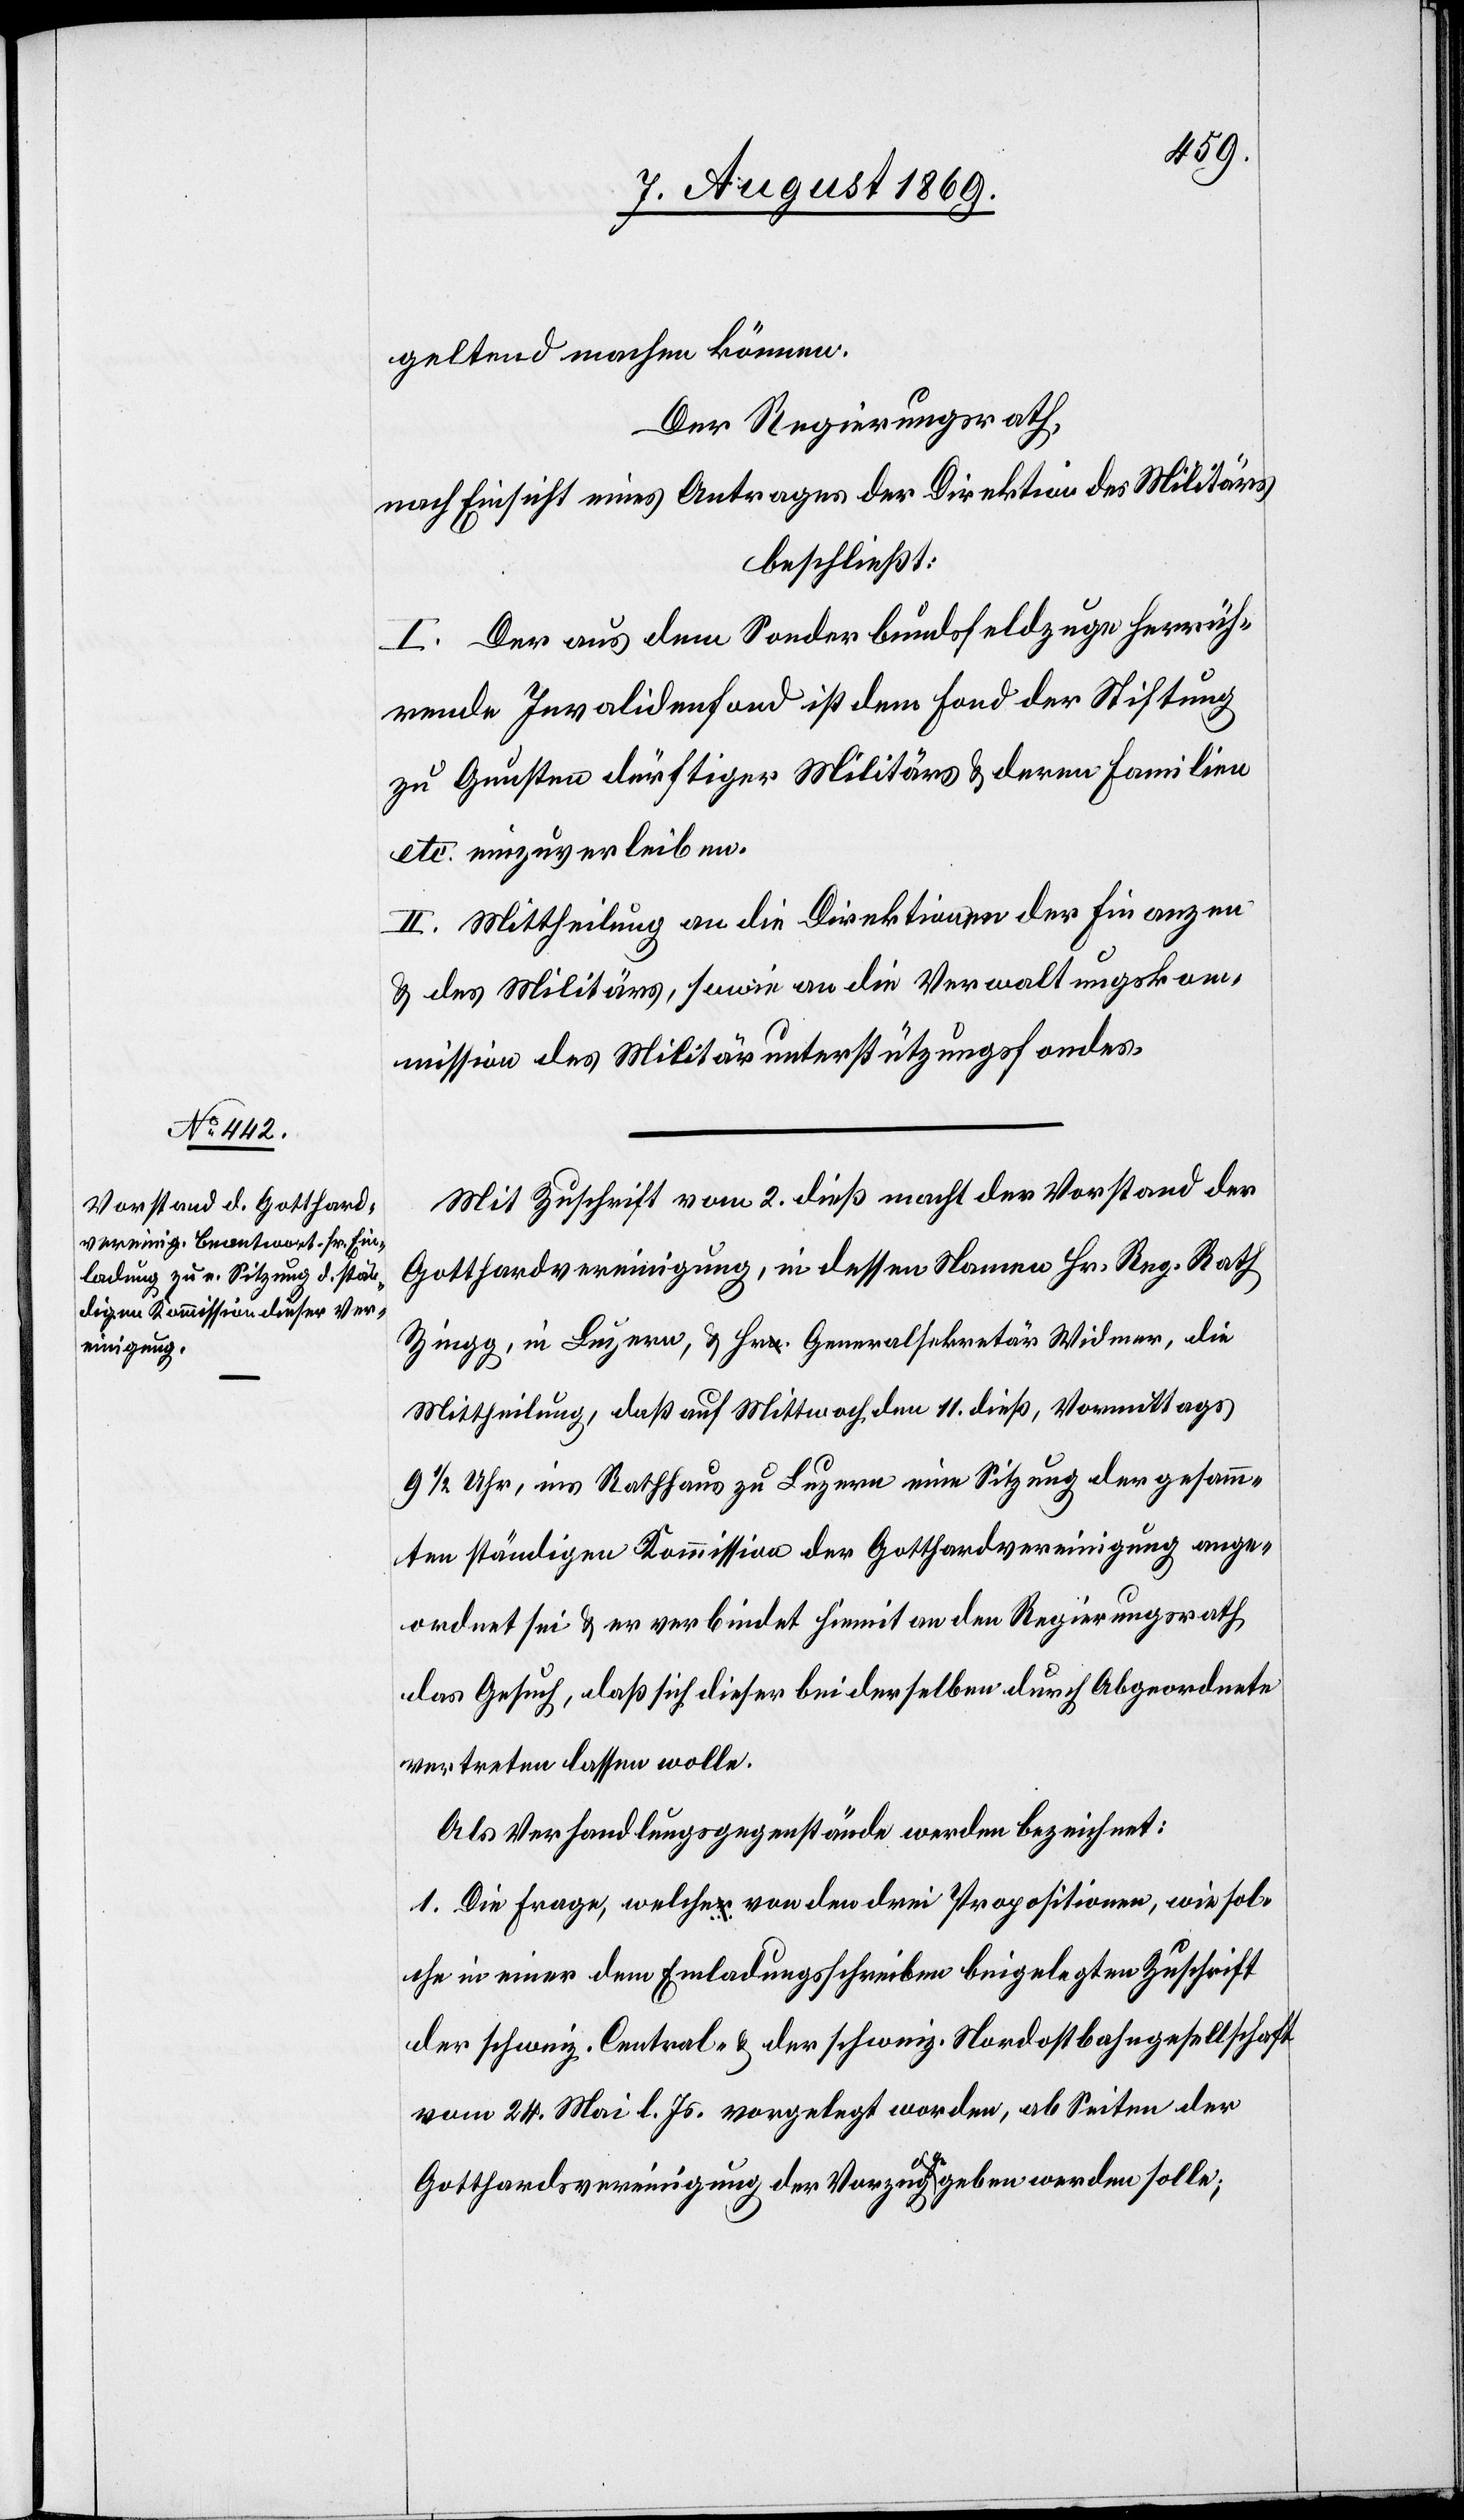
geltend machen können.
Der Regierungsrath,
nach Einsicht eines Antrages der Direktion des Militärs,
beschließt:
I. Der aus dem Sonderbundsfeldzuge herrüh¬
rende Invalidenfond ist dem Fond der Stiftung
zu Gunsten dürftiger Militärs & deren Familien
etc. einzuverleiben.
II. Mittheilung an die Direktionen der Finanzen
& des Militärs, sowie an die Verwaltungskom¬
mission des Militärunterstützungsfondes.
Mit Zuschrift vom 2 dieß macht der Vorstand der
Gotthardvereinigung, in dessen Namen Hr. Reg. Rath
Zingg, in Luzern, & Hr. Generalsekretär Widmer, die
Mittheilung, daß auf Mittwoch dem 11 dieß, Vormittags
9 1/2 Uhr, ins Rathhaus zu Luzern eine Sitzung der gesamm¬
ten ständigen Kommission der Gotthardvereinigung ange¬
ordnet sei & es verbindet hiemit an den Regierungsrath
das Gesuch, daß sich dieser bei derselben durch Abgeordnete
vertreten lassen wolle.
Als Verhandlungsgegenstände werden bezeichnet:
1. Die Frage, welche von den drei Propositionen, wie sol¬
che in einer dem Einladungsschreiben beigelegten Zuschrift
der schweiz. Central- & der schweiz. Nordostbahngesellschaft
vom 24 Mai l. Js. vorgelegt worden, ab Seiten der
Gotthardsvereinigung der Vorzug gegeben werden solle;